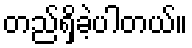
တည်ရှိခဲ့ပါတယ်။